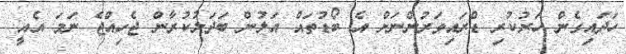
ހަދައިގެން ހަރުކުރި ޑްރައިވަރުންނަށް އެ ބޯޑުތައް އަލުން ބަދަލުކުރާން ޖެހިއްޖެ ނަމަ އެއީ